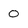
Character: 0